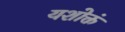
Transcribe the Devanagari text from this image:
यशोक्तं